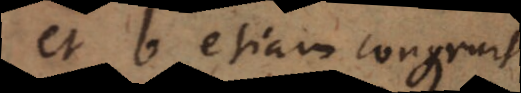
et b etiam congruit